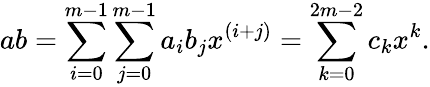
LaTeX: ab=\sum_{i=0}^{m-1}\sum_{j=0}^{m-1}a_{i}b_{j}x^{(i+j)}=\sum_{k=0}^{2m-2}c_{k}x^{k}.